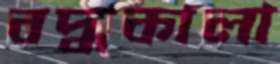
বদ্ধকালা